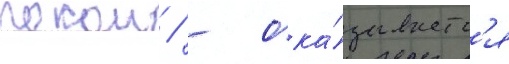
покои / - ока́зываетс'я